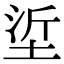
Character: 垽